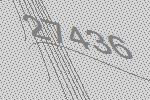
27436